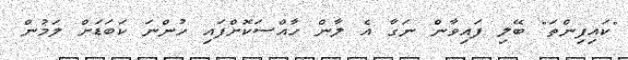
"ކައިފިންތަ" ބޭލި ފައިވާން ނަގާ އެ ލާން ހާއްސަކޮށްފައި ހުންނަ ކަބަޑަށް ލަމުން